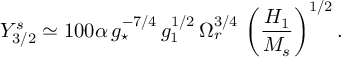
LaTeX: Y _ { 3 / 2 } ^ { s } \simeq 1 0 0 \alpha \, g _ { \star } ^ { - 7 / 4 } \, g _ { 1 } ^ { 1 / 2 } \, \Omega _ { r } ^ { 3 / 4 } \, \left( \frac { H _ { 1 } } { M _ { s } } \right) ^ { 1 / 2 } .